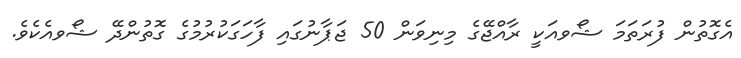
އެގޮތުން ފުރަތަމަ ޝޯވއަކީ ރާއްޖޭގެ މިނިވަން 50 ޖަޕާނުގައި ފާހަގަކުރުމުގެ ގޮތުންދޭ ޝޯވއެކެވެ.